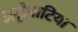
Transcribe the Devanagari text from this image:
अट्रोपाटिया